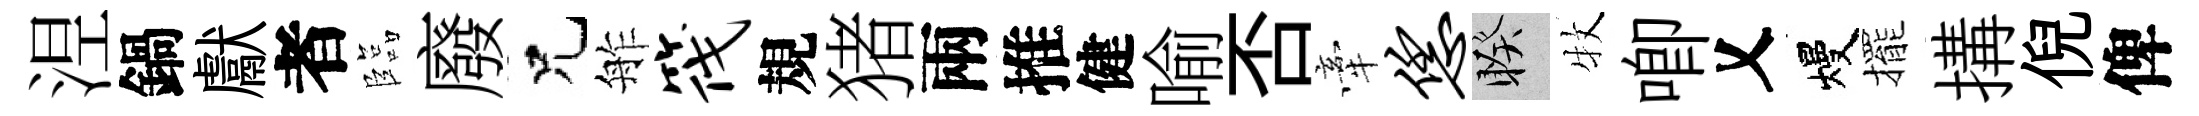
𣵀鍋獻者臨廢兄舴筏規猪兩推健喻否牽恁睽牧唧乂熳擺搆倪俾